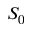
S _ { 0 }